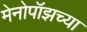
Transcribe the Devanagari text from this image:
मेनोपॉझच्या